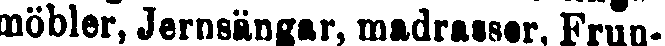
möbler, Jernsängar, madrassor, Frun-